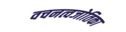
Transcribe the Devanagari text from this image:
वचनत्वजोतिका